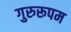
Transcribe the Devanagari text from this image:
गुरुरूपम